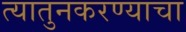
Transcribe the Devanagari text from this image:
त्यातुनकरण्याचा